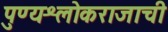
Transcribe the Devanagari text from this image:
पुण्यश्लोकराजाची